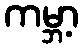
ကမ္ဘာ့